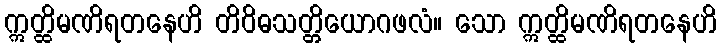
ဣတ္ထိမဏိရတနေဟိ တိဝိဓသတ္တိယောဂဖလံ။ သော ဣတ္ထိမဏိရတနေဟိ